Note on the mental hospitals in Burma - 1925-1940
Year: 1925
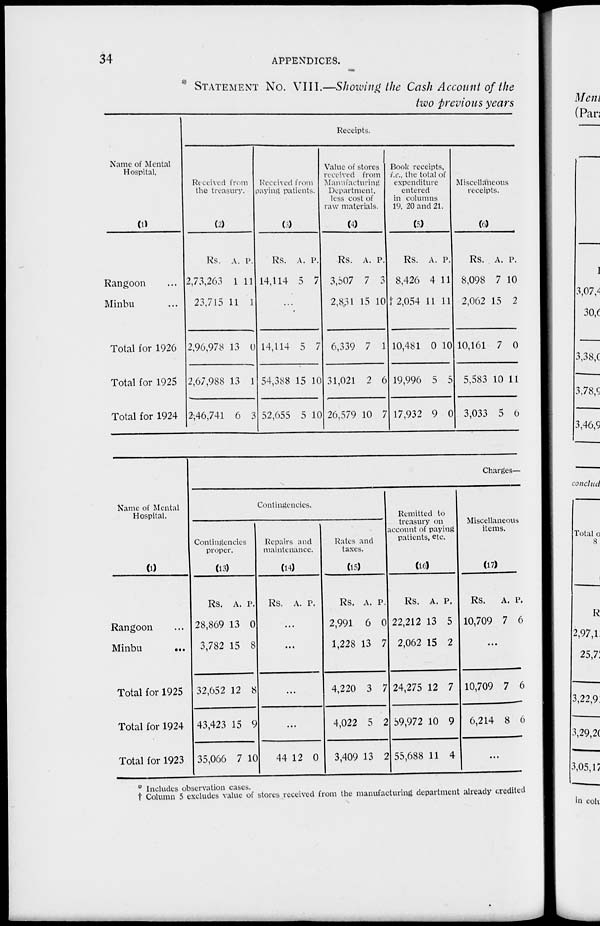
34
APPENDICES.
* STATEMENT NO. VIII.—Showing the Cash Account of the
two previous years
Name of Mental
Hospital.
(1)
Rangoon ...
Minbu ...
Total for 1926
Total for 1925
Total for 1924
Receipts.
Received from
the treasury.
(2)
Rs.
2,73,263
23,715
2,96,978
2,67,988
2,46,741
A.
1
11
13
13
6
P.
11
1
0
1
3
Received from
paying patients.
(3)
Rs.
14,114
A.
5
P.
7
...
14,114
54,388
52,655
5
15
5
7
10
10
Value of stores
received from
Manufacturing
Department,
less cost of
raw materials.
(4)
Rs.
3,507
2,831
6,339
31,021
26,579
A.
7
15
7
2
10
P.
3
10
1
6
7
Book receipts,
i.e., the total of
expenditure
entered
in columns
19, 20 and 21.
(5)
Rs.
8,426
† 2,054
10,481
19,996
17,932
A.
4
11
0
5
9
P.
11
11
10
5
0
Miscellaneous
receipts.
(6)
Rs.
8,098
2,062
10,161
5,583
3,033
A.
7
15
7
10
5
P.
10
2
0
11
0
Name of Mental
Hospital.
(1)
Rangoon ...
Minbu
...
Total for 1925
Total for 1924
Total for 1923
Charges—
Contingencies.
Contingencies
proper.
(13)
Rs.
28,869
3,782
32,652
43,423
35,066
A.
13
15
12
15
7
P.
0
8
8
9
10
Repairs and
maintenance.
(14)
Rs. A. P.
...
...
...
...
44 12 0
Rates and
taxes.
(15)
Rs.
2,991
1,228
4,220
4,022
3,409
A.
6
13
3
5
13
P.
0
7
7
2
2
Remitted to
treasury on
account of paying
patients, etc.
(16)
Rs.
22,212
2,062
24,275
59,972
55,688
A.
13
15
12
10
11
P.
5
2
7
9
4
Miscellaneous
items.
(17)
Rs.
10,709
A.
7
P.
6
...
10,709
6,214
7
8
6
6
...
* Includes observation cases.
† Column 5 excludes value of stores received from the manufacturing department already credited